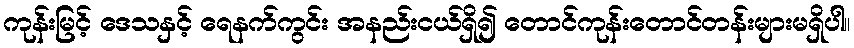
ကုန်းမြင့် ဒေသနှင့် ရေနက်ကွင်း အနည်းငယ်ရှိ၍ တောင်ကုန်းတောင်တန်းများမရှိပါ။